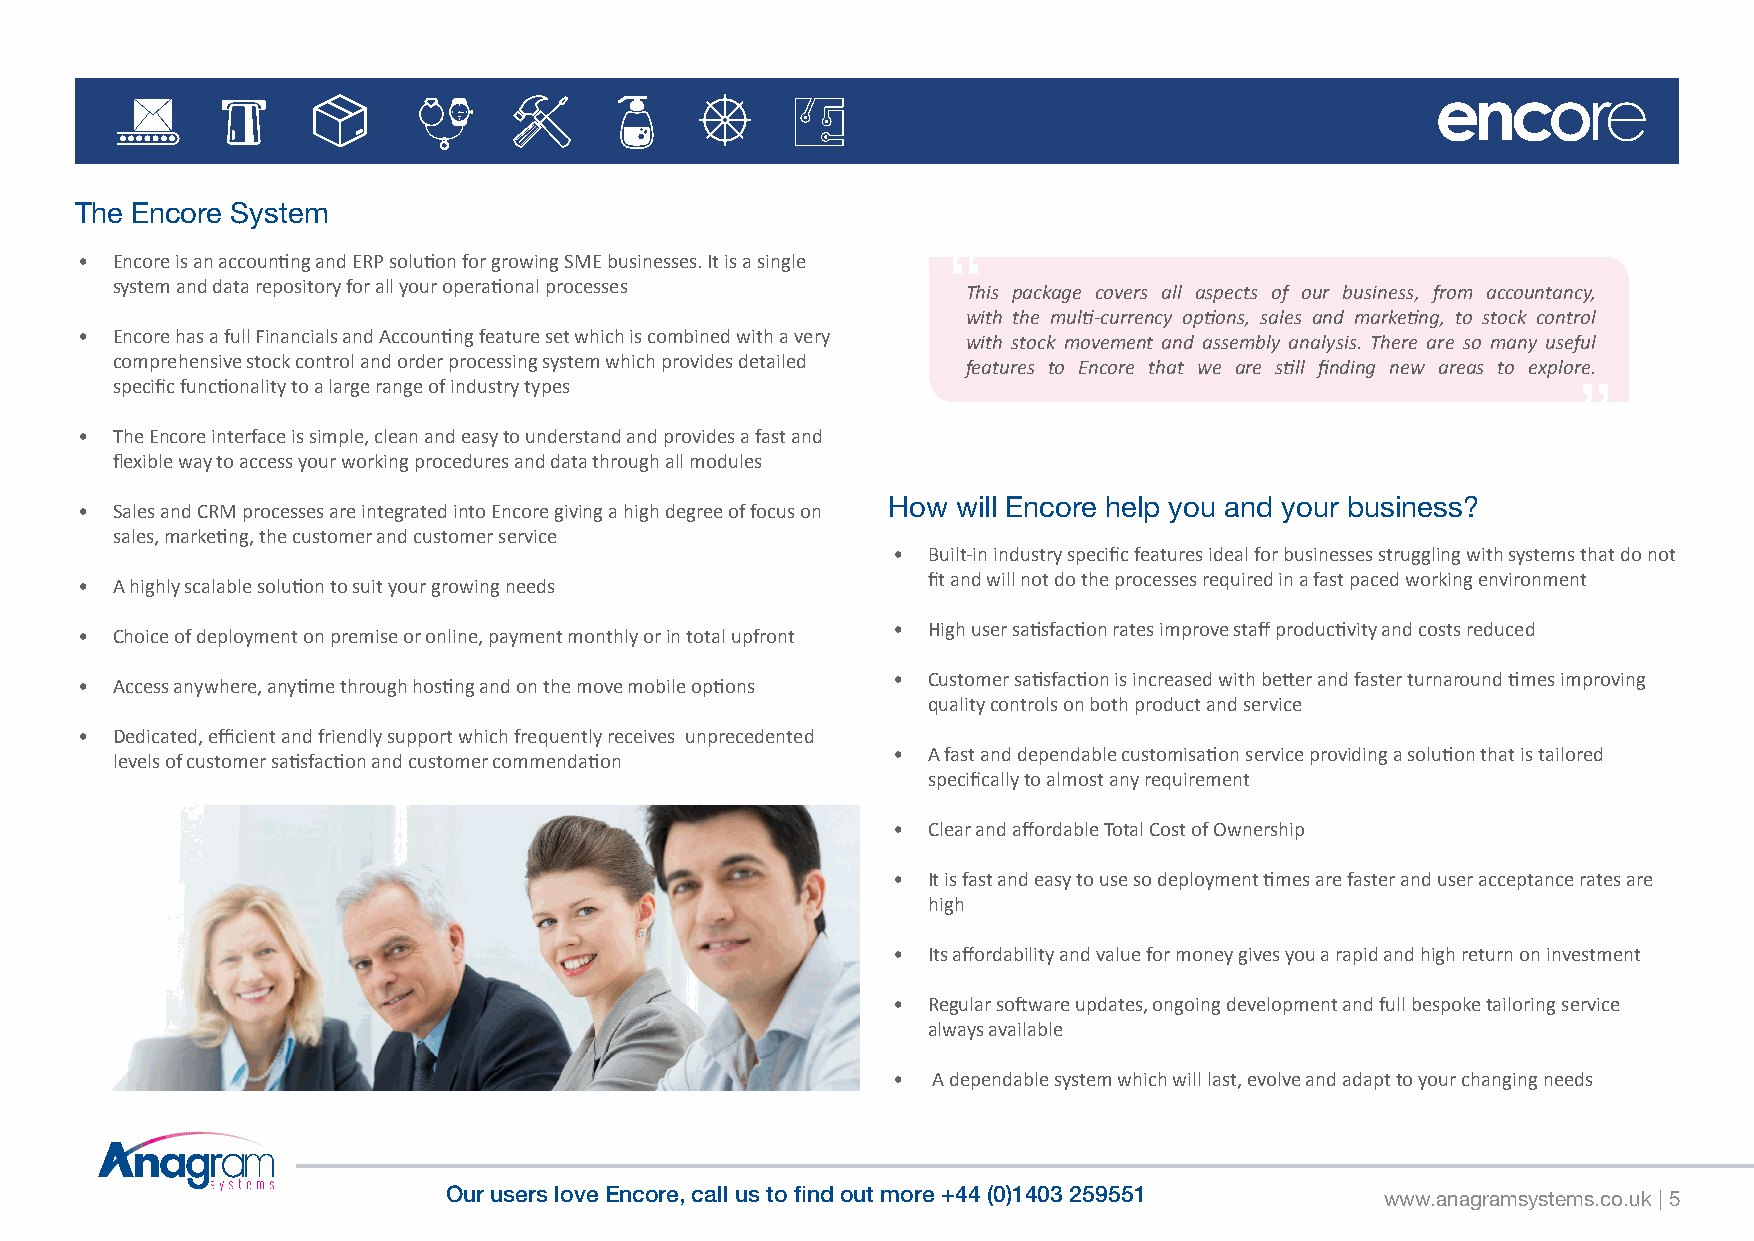
The Encore System
 • Encore is an accounting and ERP solution for growing SME businesses. It is a single “
 system and data repository for all your operational processes This package covers all aspects of our business, from accountancy,
 with the multi-currency options, sales and marketing, to stock control
 • Encore has a full Financials and Accounting feature set which is combined with a very with stock movement and assembly analysis. There are so many useful
 comprehensive stock control and order processing system which provides detailed features to Encore that we are still finding new areas to explore.
 specific functionality to a large range of industry types                                        ”
 • The Encore interface is simple, clean and easy to understand and provides a fast and
 flexible way to access your working procedures and data through all modules
 How will Encore help you and your business?
 • Sales and CRM processes are integrated into Encore giving a high degree of focus on
 sales, marketing, the customer and customer service
 • Built-in industry specific features ideal for businesses struggling with systems that do not
 fit and will not do the processes required in a fast paced working environment
 • A highly scalable solution to suit your growing needs
 • High user satisfaction rates improve staff productivity and costs reduced
 • Choice of deployment on premise or online, payment monthly or in total upfront
 • Customer satisfaction is increased with better and faster turnaround times improving
 • Access anywhere, anytime through hosting and on the move mobile options
 quality controls on both product and service
 • Dedicated, efficient and friendly support which frequently receives unprecedented
 • A fast and dependable customisation service providing a solution that is tailored
 levels of customer satisfaction and customer commendation
 specifically to almost any requirement
 • Clear and affordable Total Cost of Ownership
 • It is fast and easy to use so deployment times are faster and user acceptance rates are
 high
 • Its affordability and value for money gives you a rapid and high return on investment
 • Regular software updates, ongoing development and full bespoke tailoring service
 always available
 •  A dependable system which will last, evolve and adapt to your changing needs
 Our users love Encore, call us to find out more +44 (0)1403 259551 www.anagramsystems.co.uk | 5